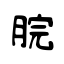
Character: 脘